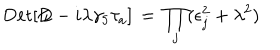
\mathrm { D e t } [ \not \! \! D - i \lambda \gamma _ { 5 } \tau _ { a } ] \, = \, \prod _ { j } ( \epsilon _ { j } ^ { 2 } + \lambda ^ { 2 } )